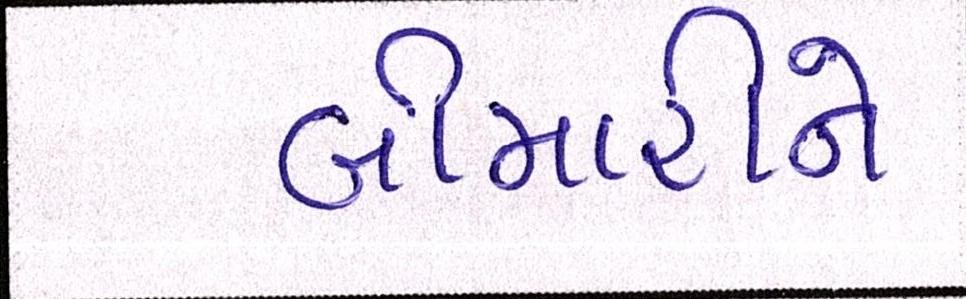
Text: બીમારીને